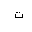
Letter: _ta